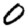
Digit: 0